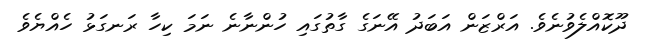
ދޫކޮއްލެވުނެވެ. އަރްޒަން އަބަދު އޭނަގެ ގާތުގައި ހުންނާނެ ނަމަ ކިހާ ރަނގަޅު ހެއްޔެވެ